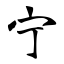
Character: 宁